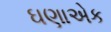
ઘણાએક